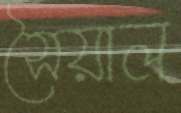
সৈয়াল